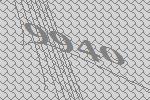
9940